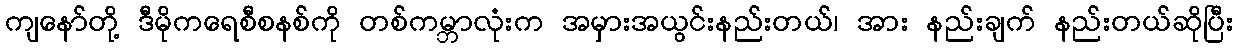
ကျနော်တို့ ဒီမိုကရေစီစနစ်ကို တစ်ကမ္ဘာလုံးက အမှားအယွင်းနည်းတယ်၊ အား နည်းချက် နည်းတယ်ဆိုပြီး